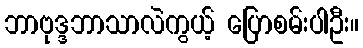
ဘာဗုဒ္ဒဘာသာလဲကွယ့် ပြောစမ်းပါဦး။